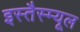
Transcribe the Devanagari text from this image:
इस्तैस्म्यूल